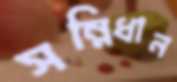
সন্নিধান